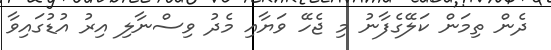
ދެން ތިމަން ކަލޭގެފާނު މި ޖެހޭ ވަޔާއި މެދު ވިސްނާލި އިރު އުޑުގައިވާ